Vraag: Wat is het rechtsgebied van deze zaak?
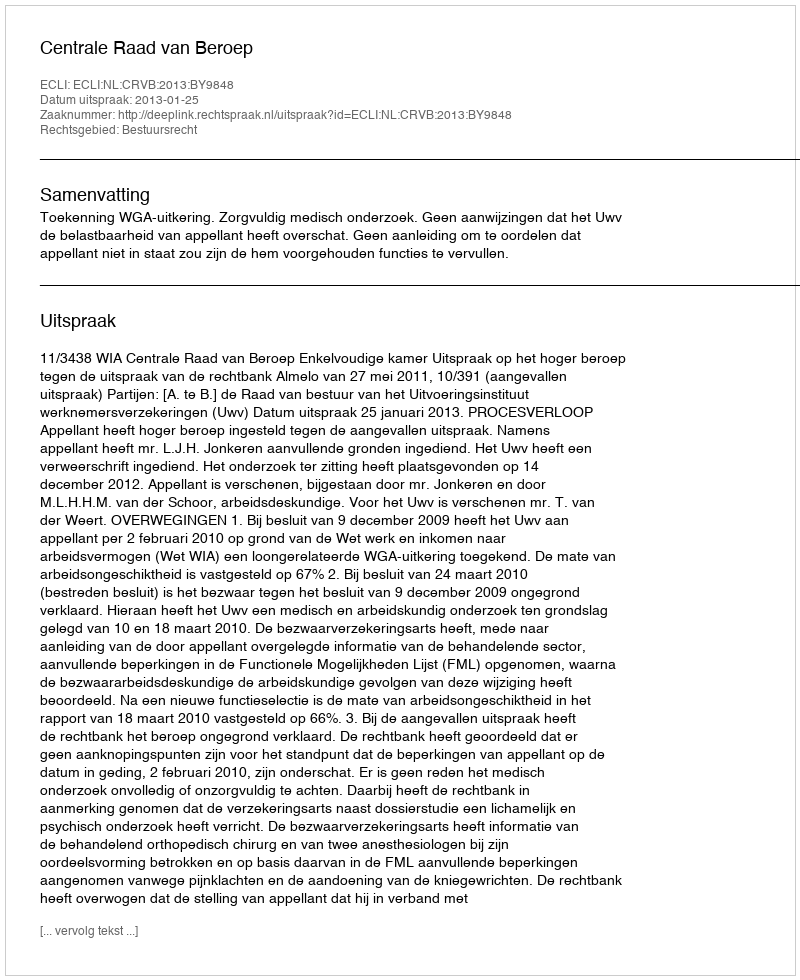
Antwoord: Bestuursrecht